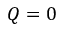
Q = 0